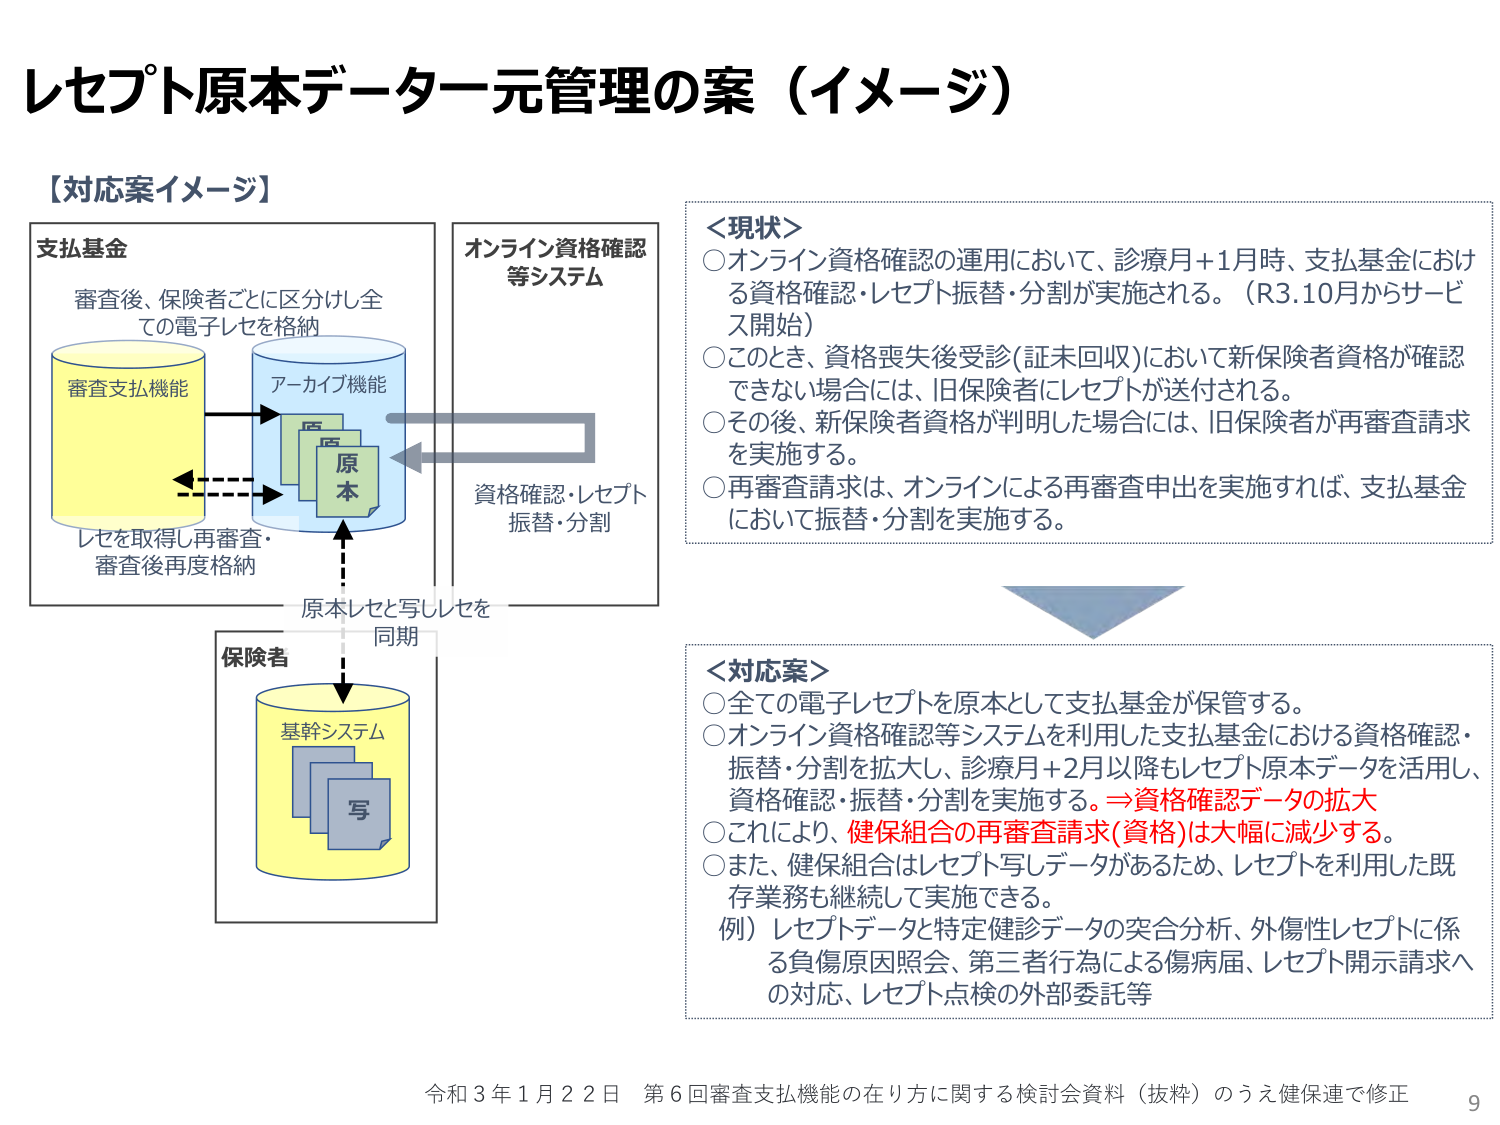
レセプト原本データー元管理の案（イメージ）

【対応案イメージ】

支払基金
審査後、保険者ごとに区分けし全
ての電子レセプトを格納

審査支払機能
アーカイブ機能
原
本

レセプトを取得し再審査・
審査後再度格納

オンライン資格確認
等システム

資格確認・レセプト
振替・分割

原本レセプトと写しレセプトを
同期

保険者
基幹システム
写

＜現状＞
○オンライン資格確認の運用において、診療月+1月時、支払基金におけ
る資格確認・レセプト振替・分割が実施される。（R3.10月からサービ
ス開始）
○このとき、資格喪失後受診(証未回収)において新保険者資格が確認
できない場合には、旧保険者にレセプトが送付される。
○その後、新保険者資格が判明した場合には、旧保険者が再審査請求
を実施する。
○再審査請求は、オンラインによる再審査申出を実施すれば、支払基金
において振替・分割を実施する。

＜対応案＞
○全ての電子レセプトを原本として支払基金が保管する。
○オンライン資格確認等システムを利用した支払基金における資格確認・
振替・分割を拡大し、診療月+2月以降もレセプト原本データを活用し、
資格確認・振替・分割を実施する。⇒資格確認データの拡大
○これにより、健保組合の再審査請求(資格)は大幅に減少する。
○また、健保組合はレセプト写しデータがあるため、レセプトを利用した既
存業務も継続して実施できる。
例）レセプトデータと特定健診データの突合分析、外傷性レセプトに係
る負傷原因照会、第三者行為による傷病届、レセプト開示請求へ
の対応、レセプト点検の外部委託等

令和３年１月２２日 第６回審査支払機能の在り方に関する検討会資料（抜粋）のうえ健保連で修正
9